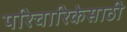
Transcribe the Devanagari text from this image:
परिचारिकेसाठी